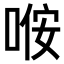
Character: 𫪢